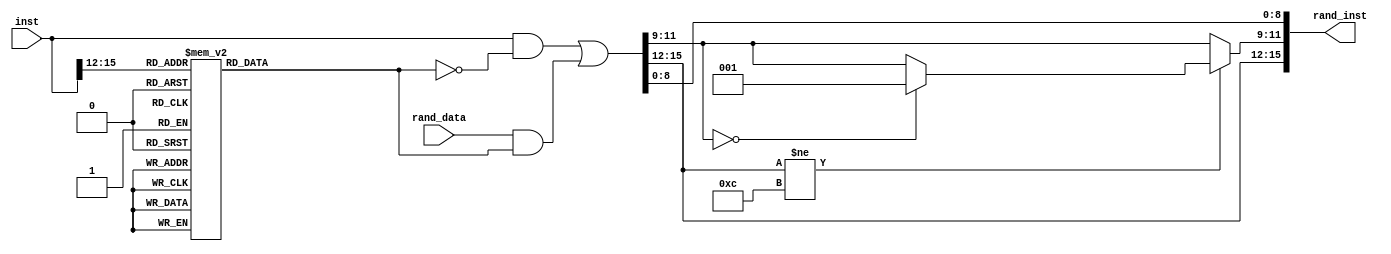
// +FHDR--------------------------------------------------------------------------------------------
// Copyright (c) 2015 Xxx.
// -------------------------------------------------------------------------------------------------
// -------------------------------------------------------------------------------------------------
// Svn Info:
//   $Revision::                                                                                $:
//   $Author::                                                                                  $:
//   $Date::                                                                                    $:
//   $HeadURL::                                                                                 $:
// -------------------------------------------------------------------------------------------------
// Description:
//
//
// -FHDR--------------------------------------------------------------------------------------------

module randomizer(
    input   [15:0]          rand_data, 
    input   [15:0]          inst, 

    output  [15:0]          rand_inst
);


parameter mask_gen1 = 16'b0000111111111000,
		  mask_gen2 = 16'b0000111111111111,
		  mask_gen3 = 16'b0000000111111000;  
parameter processor_reg0 = 3'b000, processor_reg1 = 3'b001;

//instructions def
parameter NOP = 4'b0000, ADD = 4'b0001, SUB = 4'b0010, AND = 4'b0011,
		  OR = 4'b0100, XOR = 4'b0101, SL = 4'b0110, SR = 4'b0111,
		  SRU = 4'b1000, ADDI = 4'b1001, LD = 4'b1010, ST = 4'b1011,
		  BZ = 4'b1100;
 
reg [15:0] i_rand_inst ;
reg [15:0] mask_gen ;

always @(inst or rand_data or i_rand_inst) begin
	case(inst[15:12])
		(NOP): mask_gen = mask_gen1;
		(ADD): mask_gen = mask_gen1; 
		(SUB): mask_gen = mask_gen1;
		(AND): mask_gen = mask_gen1;
		(OR):  mask_gen = mask_gen1;
		(XOR): mask_gen = mask_gen1;
		(SL):  mask_gen = mask_gen1;
		(SR):  mask_gen = mask_gen1;
		(SRU): mask_gen = mask_gen1;
		
		(ADDI):mask_gen = mask_gen2;
		(LD):  mask_gen = mask_gen2;
		(ST):  mask_gen = mask_gen2;
		
		(BZ):  mask_gen = mask_gen3; 
		default:begin
            mask_gen = 16'b0; 
		end
	endcase
	
	i_rand_inst = (inst & (~mask_gen)) | (rand_data & mask_gen);
	if (i_rand_inst[15:12] != BZ) begin
		if (i_rand_inst[11:9] == processor_reg0) begin
			i_rand_inst[11:9] = processor_reg1;
		end
	end
end

assign rand_inst = i_rand_inst;

endmodule // randomizer